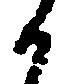
か